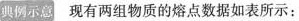
典例示意现有两组物质的熔点数据如表所示：